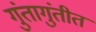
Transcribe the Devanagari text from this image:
गुंतागुंतीत